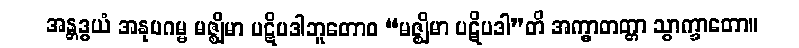
အန္တဒွယံ အနုပဂမ္မ မဇ္ဈိမာ ပဋိပဒါဘူတောဝ “မဇ္ဈိမာ ပဋိပဒါ”တိ အက္ခာတတ္တာ သွာက္ခာတော။